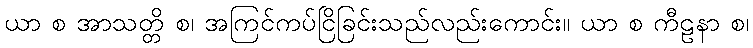
ယာ စ အာသတ္တိ စ၊ အကြင်ကပ်ငြိခြင်းသည်လည်းကောင်း။ ယာ စ ကီဠနာ စ၊